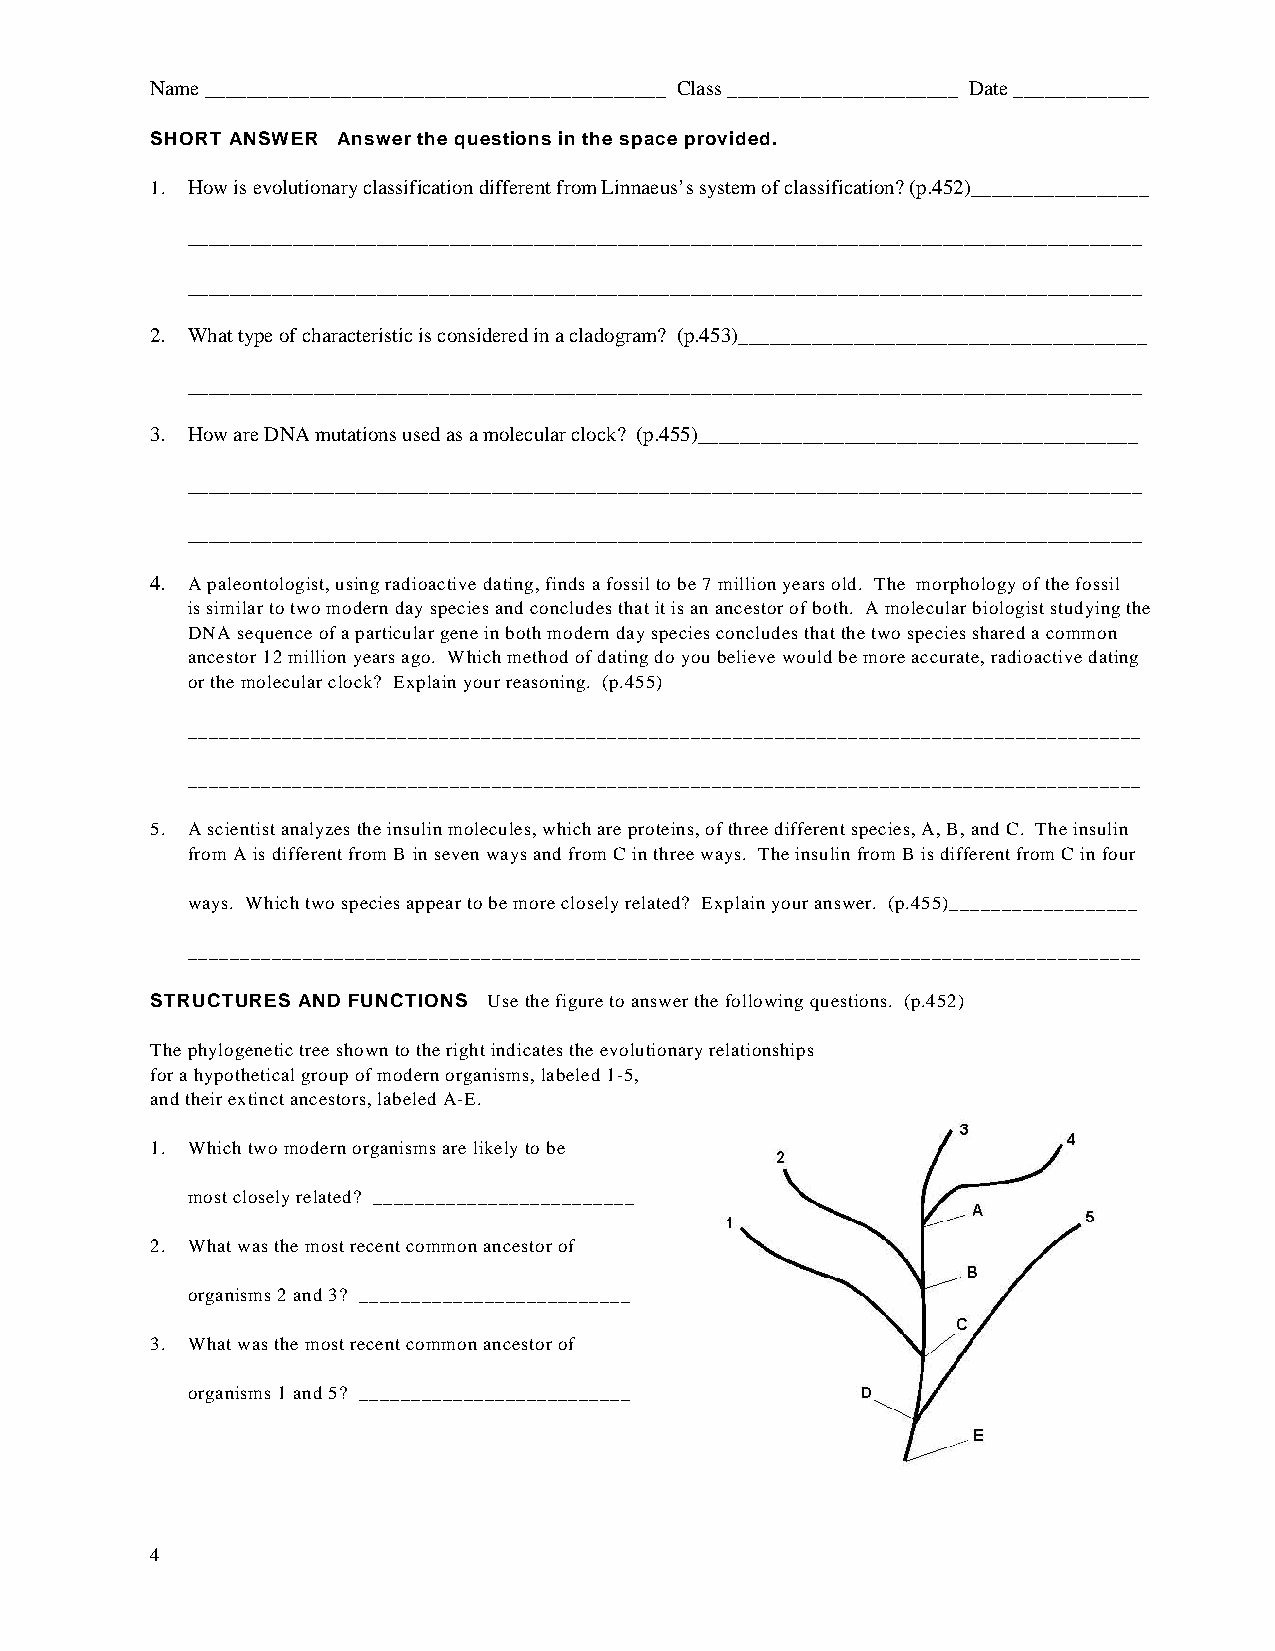
Name ____________________________________________ Class ______________________ Date _____________
 SHORT ANSWER Answer the questions in the space provided.
 1. How is evolutionary classification different from Linnaeus’s system of classification? (p.452)_________________
 ___________________________________________________________________________________________
 ___________________________________________________________________________________________
 2. What type of characteristic is considered in a cladogram? (p.453)_______________________________________
 ___________________________________________________________________________________________
 3. How are DNA mutations used as a molecular clock? (p.455)__________________________________________
 ___________________________________________________________________________________________
 ___________________________________________________________________________________________
 4. A paleontologist, using radioactive dating, finds a fossil to be 7 million years old. The morphology of the fossil
 is similar to two modern day species and concludes that it is an ancestor of both. A molecular biologist studying the
 DNA sequence of a particular gene in both modern day species concludes that the two species shared a common
 ancestor 12 million years ago. Which method of dating do you believe would be more accurate, radioactive dating
 or the molecular clock? Explain your reasoning. (p.455)
 ___________________________________________________________________________________________
 ___________________________________________________________________________________________
 5. A scientist analyzes the insulin molecules, which are proteins, of three different species, A, B, and C. The insulin
 from A is different from B in seven ways and from C in three ways. The insulin from B is different from C in four
 ways. Which two species appear to be more closely related? Explain your answer. (p.455)__________________
 ___________________________________________________________________________________________
 STRUCTURES AND FUNCTIONS Use the figure to answer the following questions. (p.452)
 The phylogenetic tree shown to the right indicates the evolutionary relationships
 for a hypothetical group of modern organisms, labeled 1-5,
 and their extinct ancestors, labeled A-E.
 1. Which two modern organisms are likely to be
 most closely related? _________________________
 2. What was the most recent common ancestor of
 organisms 2 and 3? __________________________
 3. What was the most recent common ancestor of
 organisms 1 and 5? __________________________
 4